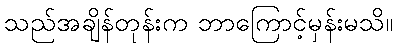
သည်အချိန်တုန်းက ဘာကြောင့်မှန်းမသိ။